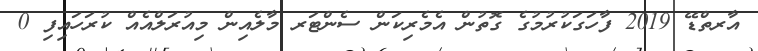
އާރތްޑޭ 2019 ފާހަގަކުރުމުގެ ގޮތުން އެމެރިކަން ސެންޓަރ މާލެއިން މިއުރަލްއެއް ކުރަހައިފި 0